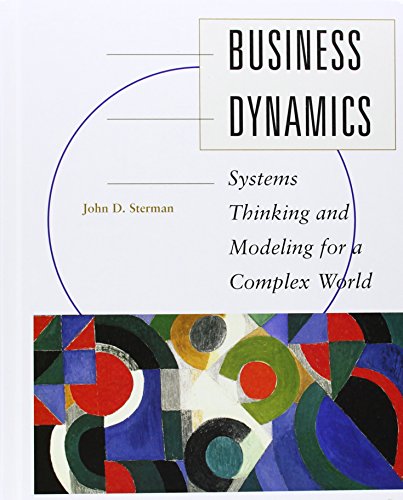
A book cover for Business Dynamics: Systems Thinking and Modeling for  a Complex World with CD-ROM; John Sterman; Computers & Technology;